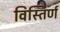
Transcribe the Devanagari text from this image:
विस्तिर्ण